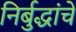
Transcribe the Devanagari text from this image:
निर्बुद्धांचे